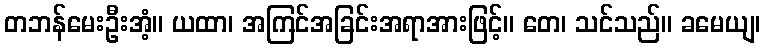
တဘန်မေးဦးအံ့။ ယထာ၊ အကြင်အခြင်းအရာအားဖြင့်။ တေ၊ သင်သည်။ ခမေယျ၊